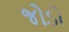
જોડો